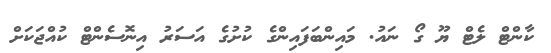
ކާންޓް ލެޓް ޔޫ ގޯ ނައު. މައިންބަފައިންގެ ކުށުގެ އަސަރު އިނޮސެންޓް ކުއްޖަކަށް